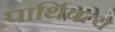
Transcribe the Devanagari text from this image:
पार्थिवत्व